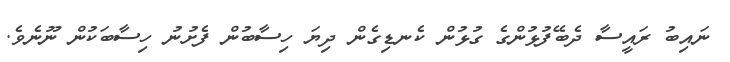
ނައިބު ރައީސާ ދެބޭފުޅުންގެ ގުޅުން ކެނޑިގެން ދިޔަ ހިސާބުން ފެށުނު ހިސާބަކުން ނޫނެވެ.